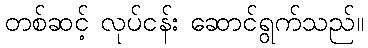
တစ်ဆင့် လုပ်ငန်း ဆောင်ရွက်သည်။